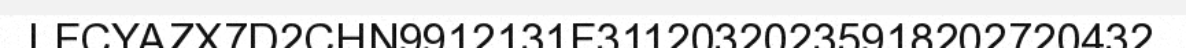
LFCYAZX7D2CHN9912131F31120320235918202720432